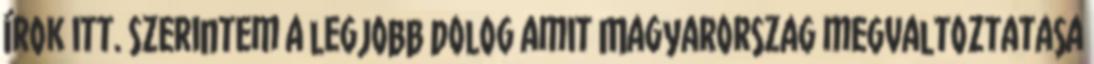
írok itt. Szerintem a legjobb dolog amit Magyarorszag megvaltoztatasa